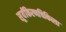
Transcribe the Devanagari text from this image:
सूर्यकिरणचिकित्सा